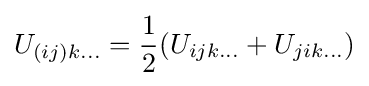
U_{(ij)k\dots }={\frac {1}{2}}(U_{ijk\dots }+U_{jik\dots })